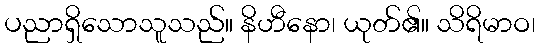
ပညာရှိသောသူသည်။ နိဟီနော၊ ယုတ်၏။ သိရိမာဝ၊